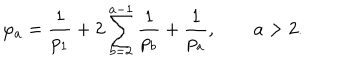
LaTeX: \varphi _ { a } = \frac { 1 } { p _ { 1 } } + 2 \sum _ { b = 2 } ^ { a - 1 } \frac { 1 } { p _ { b } } + \frac { 1 } { p _ { a } } , \qquad a > 2 .